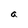
Character: a